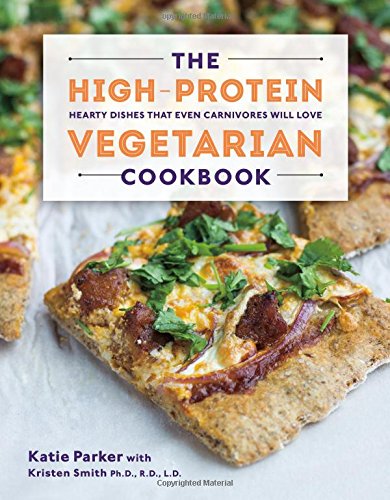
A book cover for The High-Protein Vegetarian Cookbook: Hearty Dishes that Even Carnivores Will Love; Katie Parker; Cookbooks, Food & Wine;